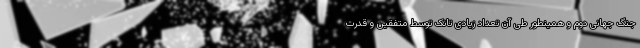
جنگ جهانی دوم و همینطور طی آن تعداد زیادی تانک توسط متفقین و قدرت